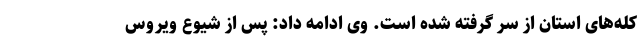
کله‌های استان از سر گرفته شده است. وی ادامه داد: پس از شیوع ویروس